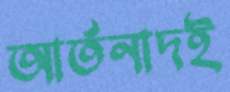
আর্তনাদই